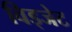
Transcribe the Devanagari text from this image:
विड्जेट